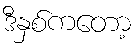
ဒီနှစ်ကတော့